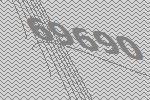
69690